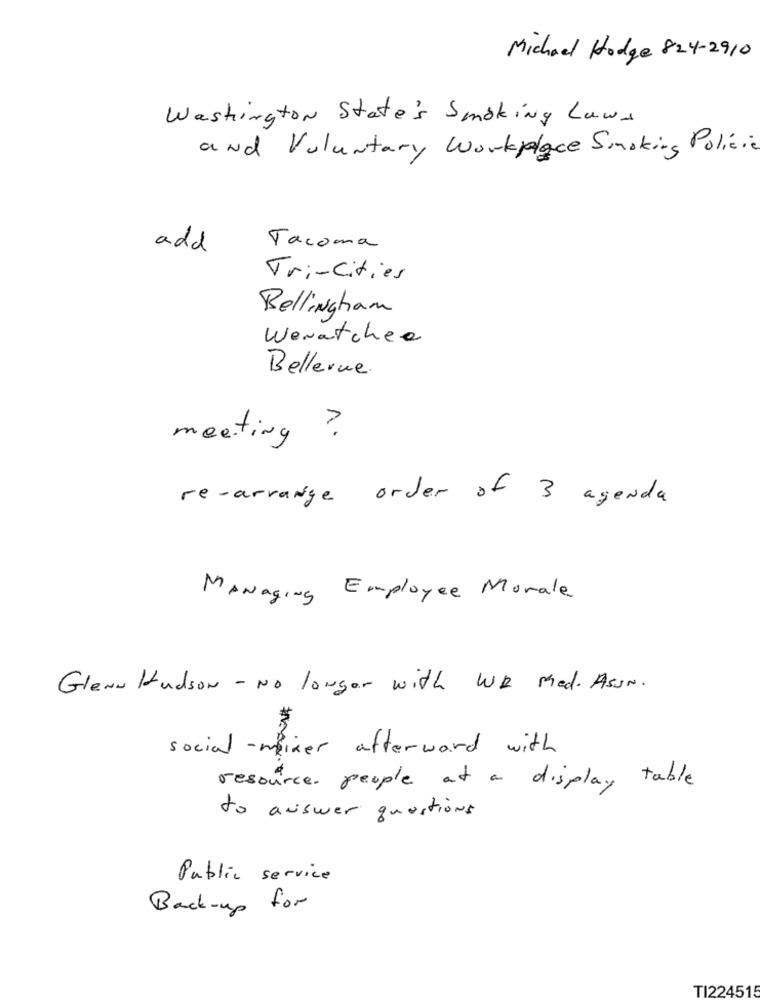
Michael Hodge 824-2910
Washington State's Smoking Laws
and Voluntary Workplace Smoking Policie
add
Tacoma
Tri-cities
Bellingham
Wenatchee
Bellevue.
?
meeting
re-arrange order of 3 agenda
MANaging Employee Morale
Glenn Hudson - No longer with WR Med. AsIN.
social - mixer afterward with
resource. people at a display table
to answer questions
Public service
Back-up for
TI224515